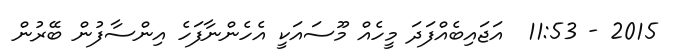
2015 - 11:53  އަޖައިބެއްފަދަ މީހެއް މޫސައަކީ އެހެންނާފަހެ އިންސާފުން ބޭރުން